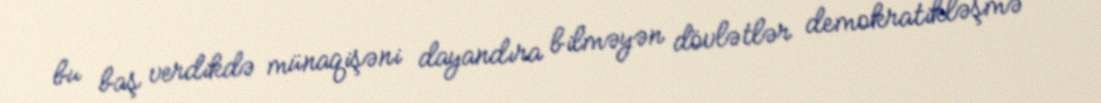
bu baş verdikdə münaqişəni dayandıra bilməyən dövlətlər demokratikləşmə